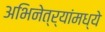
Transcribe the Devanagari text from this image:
अभिनेत्र्यांमध्ये